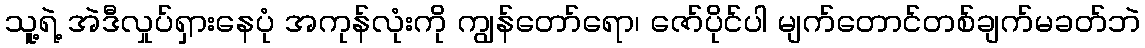
သူ့ရဲ့ အဲဒီလှုပ်ရှားနေပုံ အကုန်လုံးကို ကျွန်တော်ရော၊ ဇော်ပိုင်ပါ မျက်တောင်တစ်ချက်မခတ်ဘဲ